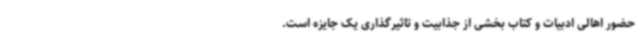
حضور اهالی ادبیات و کتاب بخشی از جذابیت و تاثیرگذاری یک جایزه است.